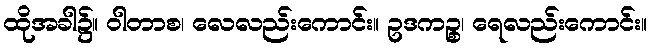
ထိုအခါ၌။ ဝါတာစ၊ လေလည်းကောင်း။ ဥဒကဉ္စ၊ ရေလည်းကောင်း။